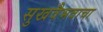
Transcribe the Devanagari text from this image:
सुखवैभवाचा